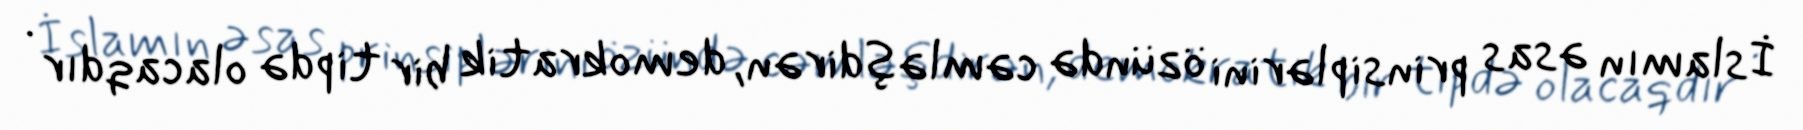
İslamın əsas prinsiplərini özündə cəmləşdirən, demokratik bir tipdə olacaqdır .